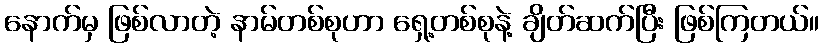
နောက်မှ ဖြစ်လာတဲ့ နာမ်တစ်စုဟာ ရှေ့တစ်စုနဲ့ ချိတ်ဆက်ပြီး ဖြစ်ကြတယ်။